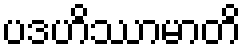
ပဒဟိဿာမာတိ